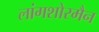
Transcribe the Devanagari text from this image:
लांगशोरमैन